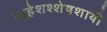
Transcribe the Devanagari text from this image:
व्यूहेशश्शेषशायी